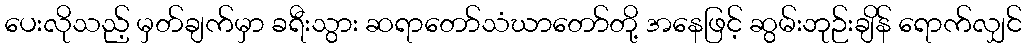
ပေးလိုသည့် မှတ်ချက်မှာ ခရီးသွား ဆရာတော်သံဃာတော်တို့ အနေဖြင့် ဆွမ်းဘုဉ်းချိန် ရောက်လျှင်